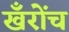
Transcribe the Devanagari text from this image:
खँरोंच